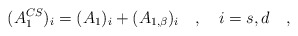
\begin{align*}(A_1^{CS})_i=(A_1)_i+(A_{1,\beta})_i~~~,~~~i=s,d~~~,\end{align*}